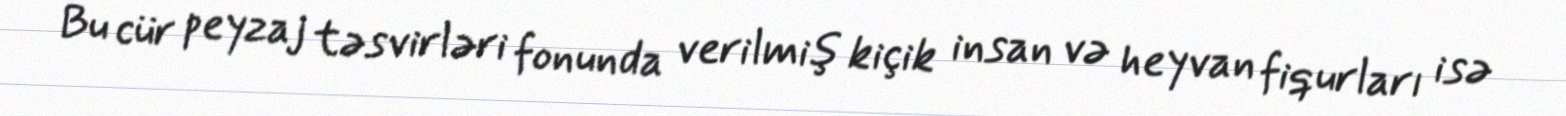
Bu cür peyzaj təsvirləri fonunda verilmiş kiçik insan və heyvan fiqurları isə